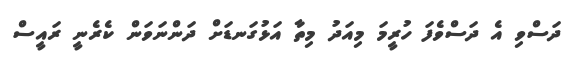
ދަސްވި އެ ދަސްވެފަ ހުރީމަ މިއަދު މިތާ އަޅުގަނޑަށް ދަންނަވަން ކެރެނީ ރައީސް